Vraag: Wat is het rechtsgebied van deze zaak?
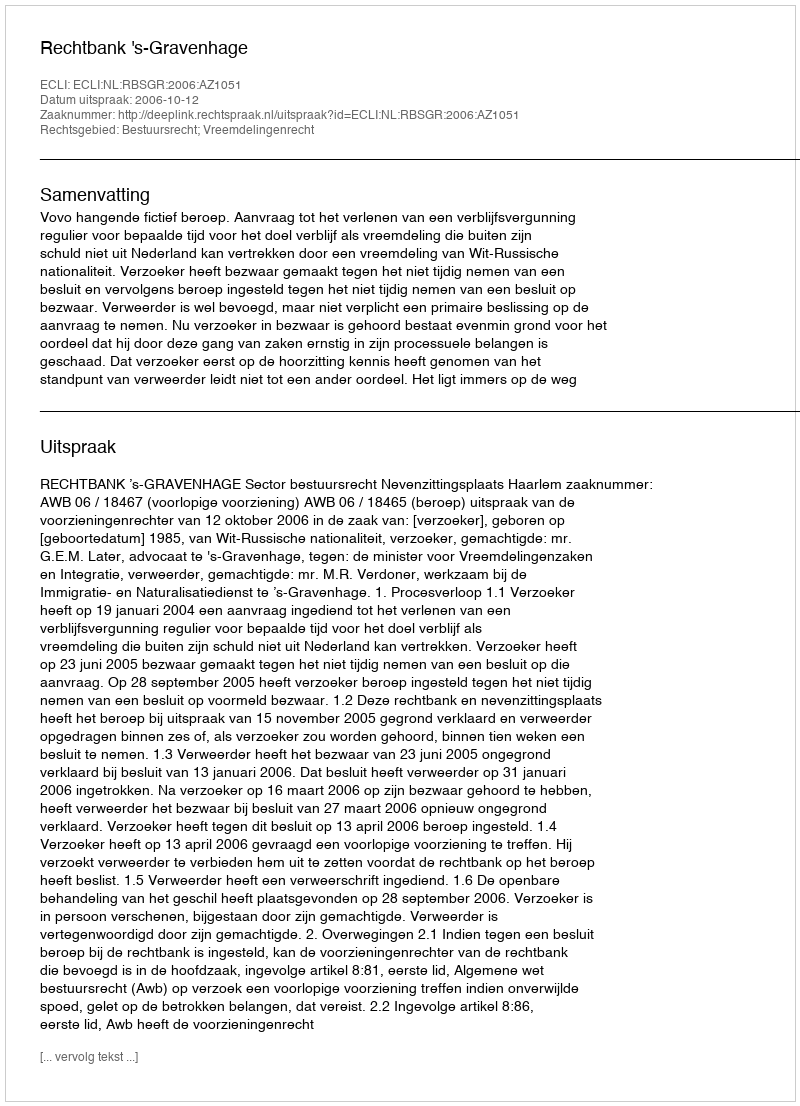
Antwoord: Bestuursrecht; Vreemdelingenrecht